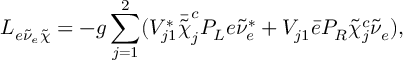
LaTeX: { \cal L } _ { e \tilde { \nu } _ { e } \tilde { \chi } } = - g \sum _ { j = 1 } ^ { 2 } ( V _ { j 1 } ^ { * } \bar { \tilde { \chi } } _ { j } ^ { c } P _ { L } e \tilde { \nu } _ { e } ^ { * } + V _ { j 1 } \bar { e } P _ { R } \tilde { \chi } _ { j } ^ { c } \tilde { \nu } _ { e } ) ,